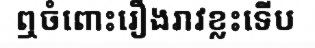
ឮចំពោះរឿងរាវខ្លះទើប